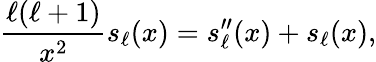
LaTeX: {\frac{\ell(\ell+1)}{x^{2}}}s_{\ell}(x)=s_{\ell}^{\prime\prime}(x)+s_{\ell}(x),